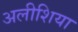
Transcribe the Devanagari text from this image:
अलीशिया